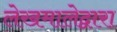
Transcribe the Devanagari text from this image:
लेखमालेद्वारा